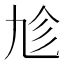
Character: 𠃩